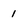
Character: 1